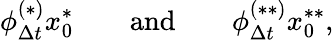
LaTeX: \phi_{\Delta t}^{(*)}x_{0}^{*}\qquad\mathrm{and}\qquad\phi_{\Delta t}^{(**)}x_{0}^{**},